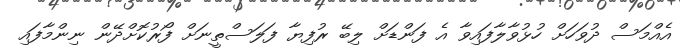
އެއްމަސް ދުވަހަށް ހުޅުވާލާފައިވާ އެ ފަންޑަށް ލިބޭ ރުފިޔާ ފަލަސްތީނަށް ފޯރުކޮށްދޭން ނިންމާފައި